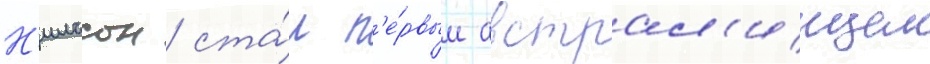
Н'илссон ста́л п'е́рвым австрал'иицем